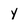
Character: Y